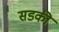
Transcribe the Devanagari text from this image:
सडकी